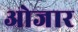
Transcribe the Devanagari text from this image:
ओजार